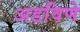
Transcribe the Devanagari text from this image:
अडविणे